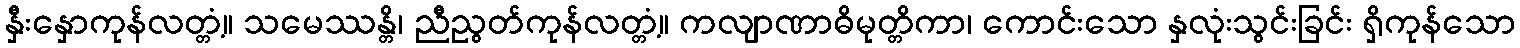
နှီးနှောကုန်လတ္တံ့။ သမေဿန္တိ၊ ညီညွတ်ကုန်လတ္တံ့။ ကလျာဏာဓိမုတ္တိကာ၊ ကောင်းသော နှလုံးသွင်းခြင်း ရှိကုန်သော